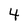
Character: 4